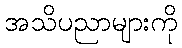
အသိပညာများကို